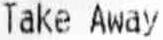
TAKE AWAY